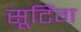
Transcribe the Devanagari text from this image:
सूटिंग